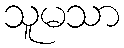
သူမသာ